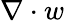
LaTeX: \nabla\cdot w